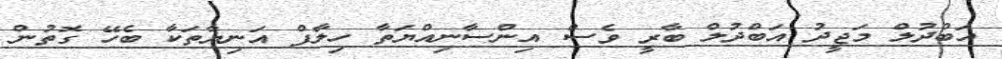
އަބްދުލް މަޖީދު އަބްދުލް ބާރީ ވެސް އިންސާނިއްޔަތާ ހިލާފް އަނިޔާތަކާ ބެހޭ ގޮތުން